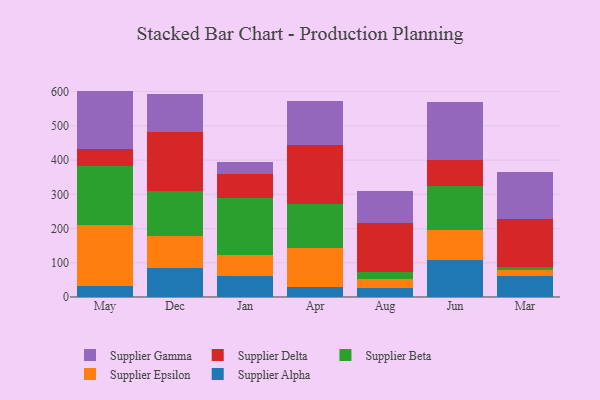
{"axis": {"x": "Month", "y": "Customer Acquisition Cost (USD)"}, "legend": ["Supplier Alpha", "Supplier Beta", "Supplier Delta", "Supplier Epsilon", "Supplier Gamma"], "data": [{"x": "May", "y": 32.3, "type": "Supplier Alpha"}, {"x": "May", "y": 177.4, "type": "Supplier Epsilon"}, {"x": "May", "y": 174.2, "type": "Supplier Beta"}, {"x": "May", "y": 49.7, "type": "Supplier Delta"}, {"x": "May", "y": 168.7, "type": "Supplier Gamma"}, {"x": "Dec", "y": 85.9, "type": "Supplier Alpha"}, {"x": "Dec", "y": 93.0, "type": "Supplier Epsilon"}, {"x": "Dec", "y": 129.8, "type": "Supplier Beta"}, {"x": "Dec", "y": 172.7, "type": "Supplier Delta"}, {"x": "Dec", "y": 111.8, "type": "Supplier Gamma"}, {"x": "Jan", "y": 61.4, "type": "Supplier Alpha"}, {"x": "Jan", "y": 61.7, "type": "Supplier Epsilon"}, {"x": "Jan", "y": 167.6, "type": "Supplier Beta"}, {"x": "Jan", "y": 69.0, "type": "Supplier Delta"}, {"x": "Jan", "y": 34.8, "type": "Supplier Gamma"}, {"x": "Apr", "y": 29.2, "type": "Supplier Alpha"}, {"x": "Apr", "y": 115.2, "type": "Supplier Epsilon"}, {"x": "Apr", "y": 126.2, "type": "Supplier Beta"}, {"x": "Apr", "y": 172.8, "type": "Supplier Delta"}, {"x": "Apr", "y": 128.4, "type": "Supplier Gamma"}, {"x": "Aug", "y": 26.9, "type": "Supplier Alpha"}, {"x": "Aug", "y": 27.0, "type": "Supplier Epsilon"}, {"x": "Aug", "y": 18.5, "type": "Supplier Beta"}, {"x": "Aug", "y": 143.4, "type": "Supplier Delta"}, {"x": "Aug", "y": 94.1, "type": "Supplier Gamma"}, {"x": "Jun", "y": 109.4, "type": "Supplier Alpha"}, {"x": "Jun", "y": 85.6, "type": "Supplier Epsilon"}, {"x": "Jun", "y": 129.5, "type": "Supplier Beta"}, {"x": "Jun", "y": 76.3, "type": "Supplier Delta"}, {"x": "Jun", "y": 170.1, "type": "Supplier Gamma"}, {"x": "Mar", "y": 60.7, "type": "Supplier Alpha"}, {"x": "Mar", "y": 18.7, "type": "Supplier Epsilon"}, {"x": "Mar", "y": 8.4, "type": "Supplier Beta"}, {"x": "Mar", "y": 141.5, "type": "Supplier Delta"}, {"x": "Mar", "y": 137.2, "type": "Supplier Gamma"}]}